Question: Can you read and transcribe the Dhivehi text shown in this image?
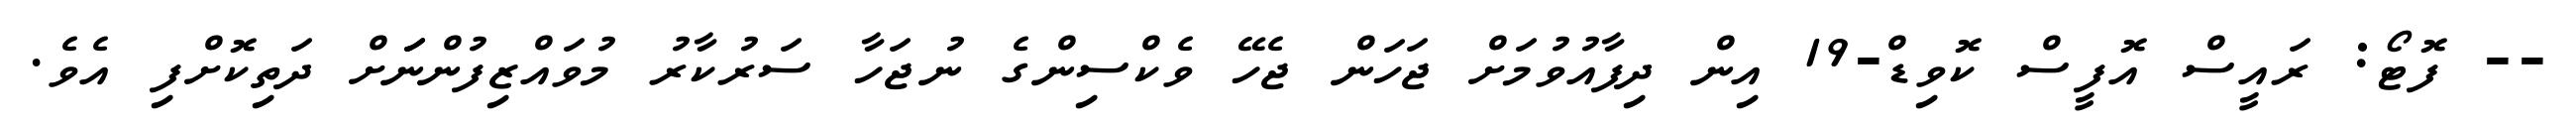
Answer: -- ފޮޓޯ: ރައީސް އޮފީސް ކޮވިޑް-19 އިން ދިފާއުވުމަށް ޖަހަން ޖެހޭ ވެކްސިންގެ ނުޖަހާ ސަރުކާރު މުވައްޒިފުންނަަށް ދަތިކޮށްފި އެވެ.